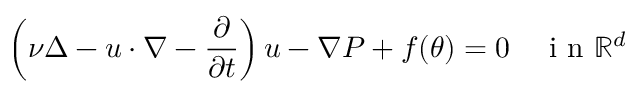
\left( \nu \Delta - u \cdot \nabla - \frac { \partial } { \partial t } \right) u - \nabla P + f ( \theta ) = 0 \quad \textrm { i n } \mathbb { R } ^ { d }